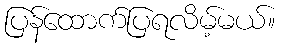
ပြန်ထောက်ပြရလိမ့်မယ်။